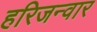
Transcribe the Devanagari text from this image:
हरिजन्वार